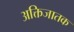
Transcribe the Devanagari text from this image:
अक्तिजातक